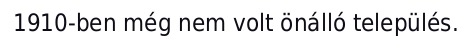
1910-ben még nem volt önálló település.